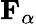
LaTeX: {\mathbf{F}}_{\alpha}